65_HS1-834228961_62-HQ-83894_SUB_A
Agency: FBI
Page 92
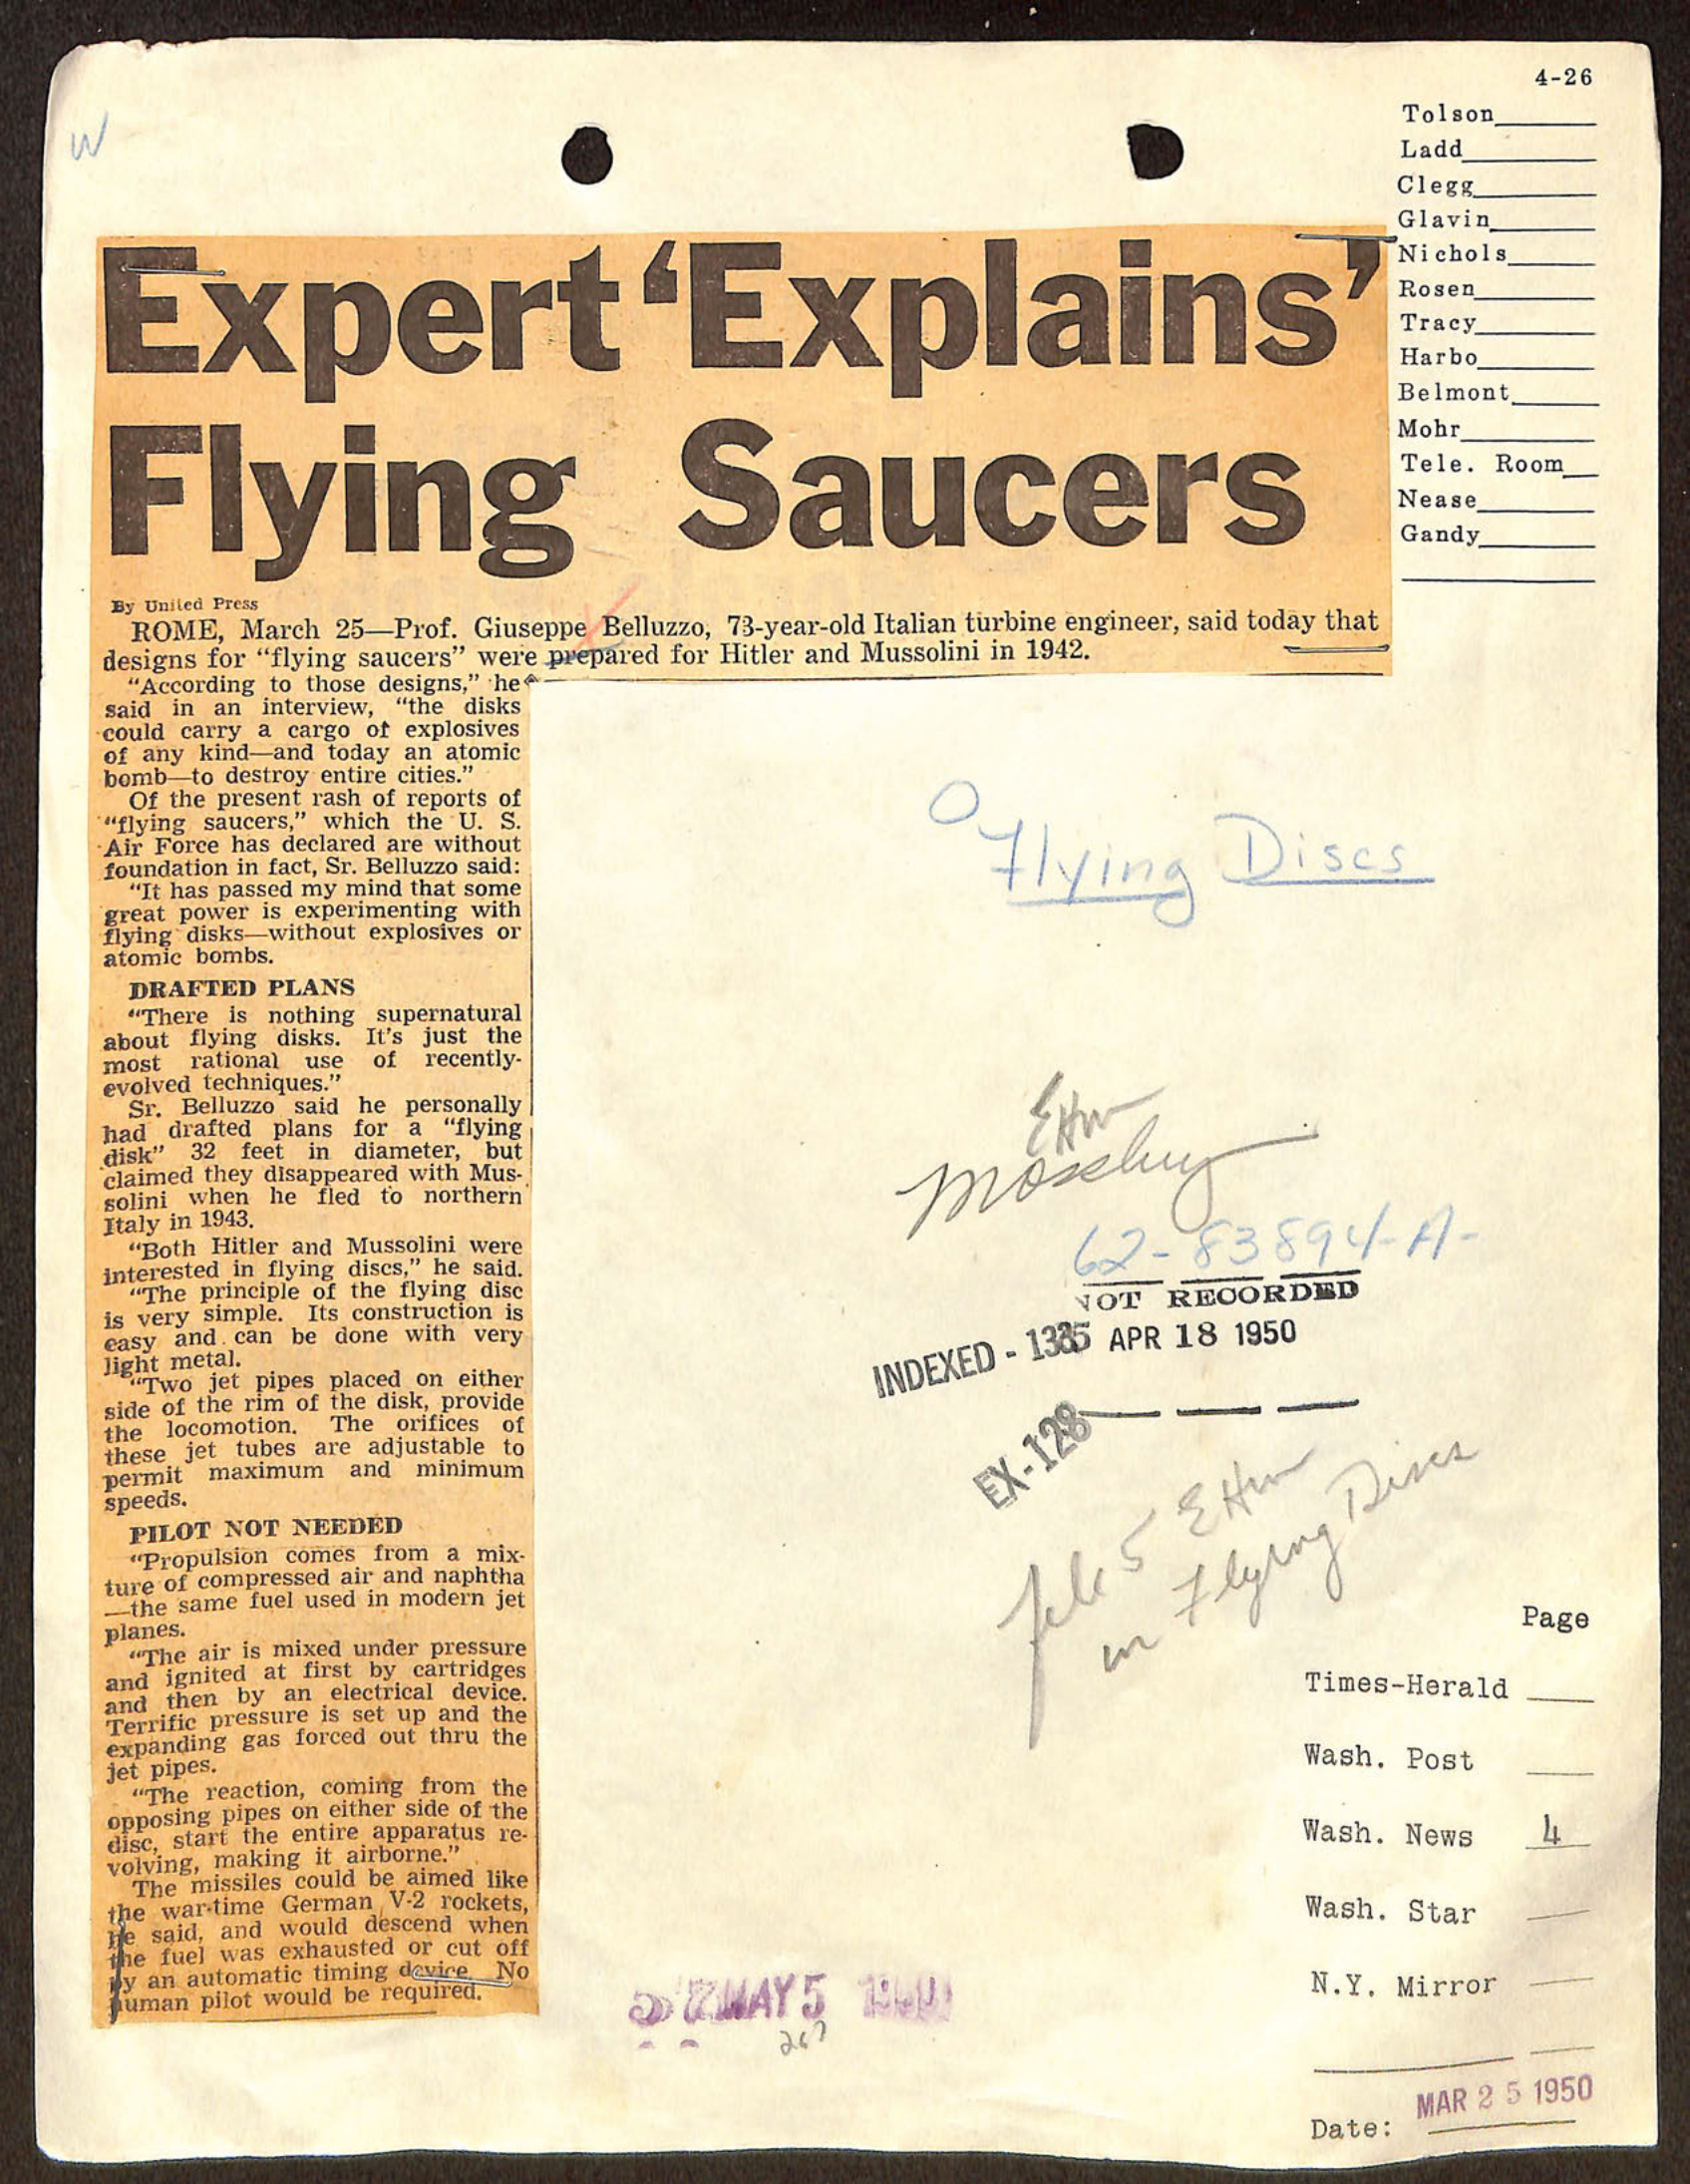